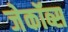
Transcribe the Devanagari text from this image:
जेकॉब्स